Lunatic asylums Punjab 1895-1910 - 1895-1910
Year: 1895
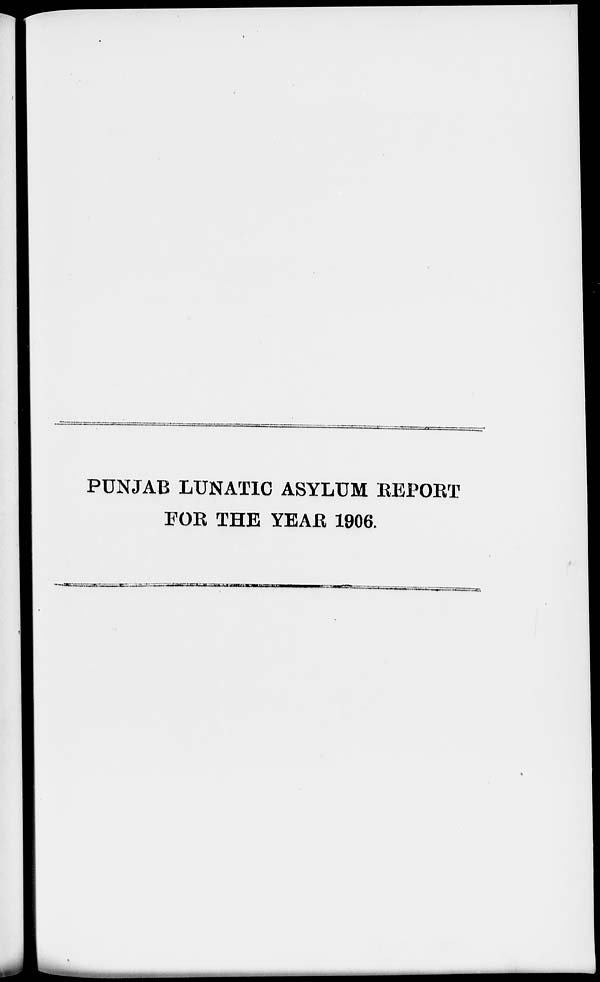
PUNJAB LUNATIC ASYLUM REPORT
FOR THE YEAR 1906.